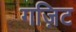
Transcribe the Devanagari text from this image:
गज़िट